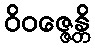
ဝိဝဇ္ဇေန္တိ